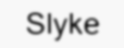
Slyke